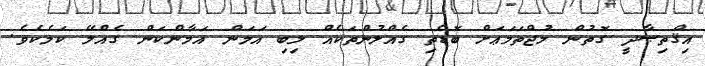
އިޤްތިޞާދީ ގޮތުން މުޖްތަމަޢަށް ބޮޑެތި ގެއްލުންތަކެއް ލިބި އަމަން އަމާންކަން ގެއްލޭ ކަމެކެވެ.